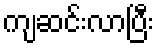
ကျဆင်းလာပြီး